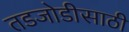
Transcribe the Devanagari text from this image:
तडजोडीसाठी